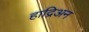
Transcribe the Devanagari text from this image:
हाद्रिअन